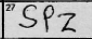
Transcription: SPZ